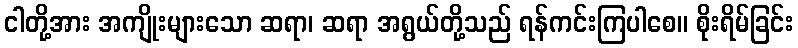
ငါတို့အား အကျိုးများသော ဆရာ၊ ဆရာ အရွယ်တို့သည် ရန်ကင်းကြပါစေ။ စိုးရိမ်ခြင်း